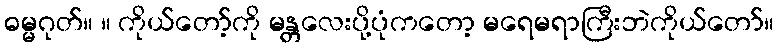
ဓမ္မဂုတ်။ ။ ကိုယ်တော့်ကို မန္တလေးပို့ပုံကတော့ မရေမရာကြီးဘဲကိုယ်တော်။